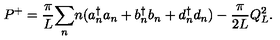
P ^ { + } = { \frac { \pi } { L } } { \sum _ { n } } n ( a { _ n ^ { \dagger } } a _ { n } + b { _ n ^ { \dagger } } b _ { n } + d { _ n ^ { \dagger } } d _ { n } ) - { \frac { \pi } { 2 L } } Q _ { L } ^ { 2 } .